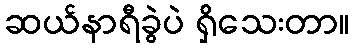
ဆယ်နာရီခွဲပဲ ရှိသေးတာ။